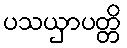
ပသယှာပတ္တိ